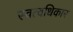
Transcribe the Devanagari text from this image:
स्वत्वधिकार